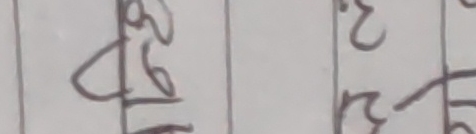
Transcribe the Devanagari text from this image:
४८/४ २/८